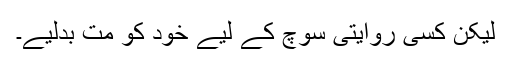
لیکن کسی روایتی سوچ کے لیے خود کو مت بدلیے۔